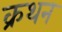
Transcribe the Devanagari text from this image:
क्रथन